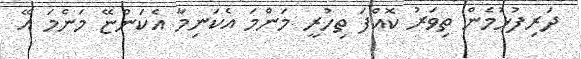
ދަރިފުޅުމެން ތިވަރު ކޮއްފަ ތިހުރީ މަންމަ އެކަނިމާ އެކަންޏޭ މަންމަ އޭ